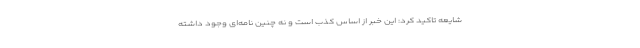
شایعه تاکید کرد: این خبر از اساس کذب است و نه چنین نامه‌ای وجود داشته